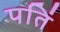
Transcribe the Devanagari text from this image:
पतिं